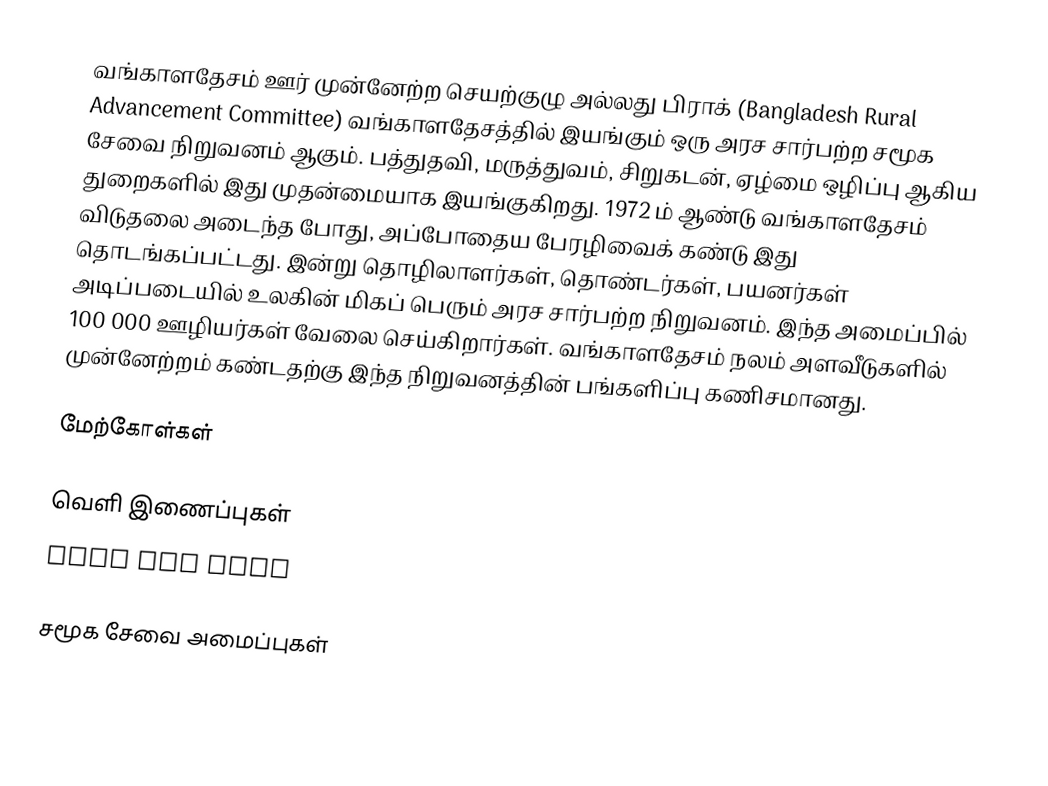
வங்காளதேசம் ஊர் முன்னேற்ற செயற்குழு அல்லது பிராக் (Bangladesh Rural Advancement Committee) வங்காளதேசத்தில் இயங்கும் ஒரு அரச சார்பற்ற சமூக சேவை நிறுவனம் ஆகும்.  பத்துதவி, மருத்துவம், சிறுகடன், ஏழ்மை ஒழிப்பு ஆகிய துறைகளில் இது முதன்மையாக இயங்குகிறது.  1972 ம் ஆண்டு வங்காளதேசம் விடுதலை அடைந்த போது, அப்போதைய பேரழிவைக் கண்டு இது தொடங்கப்பட்டது.  இன்று தொழிலாளர்கள், தொண்டர்கள், பயனர்கள் அடிப்படையில் உலகின் மிகப் பெரும் அரச சார்பற்ற நிறுவனம்.  இந்த அமைப்பில் 100 000 ஊழியர்கள் வேலை செய்கிறார்கள்.  வங்காளதேசம் நலம் அளவீடுகளில் முன்னேற்றம் கண்டதற்கு இந்த நிறுவனத்தின் பங்களிப்பு கணிசமானது.

மேற்கோள்கள்

வெளி இணைப்புகள்
 BRAC web site

சமூக சேவை அமைப்புகள்